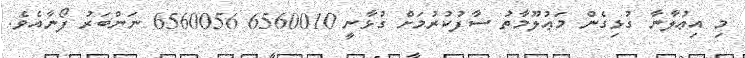
މި އިޢުލާނާ ގުޅިގެން މަޢުލޫމާތު ސާފުކުރުމަށް ގުޅާނީ 6560010 6560056 ނަންބަރު ފޯނާއެވެ.